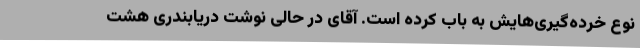
نوع خرده‌گیری‌هایش به باب کرده است. آقای در حالی نوشت دریابندری هشت